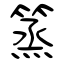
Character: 篜